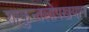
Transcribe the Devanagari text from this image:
शाकुन्तलोपखयान